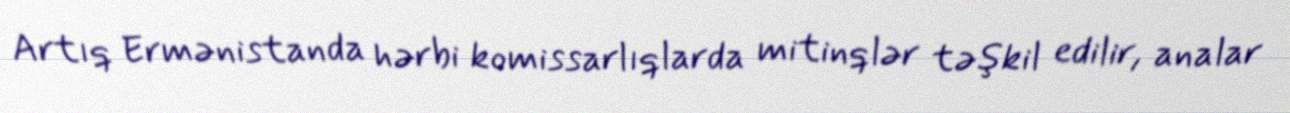
Artıq Ermənistanda hərbi komissarlıqlarda mitinqlər təşkil edilir, analar